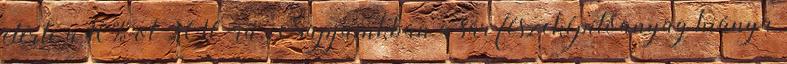
elérte a 10%-ot 2016-ra. Napjainkban a sár fészeképítőanyag hiánya